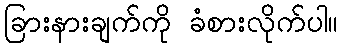
ခြားနားချက်ကို ခံစားလိုက်ပါ။